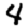
Digit: 4